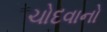
ચોદવાનો